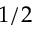
1 / 2